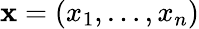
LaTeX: {\mathbf x}=(x_{1},\dots,x_{n})